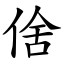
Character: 倽